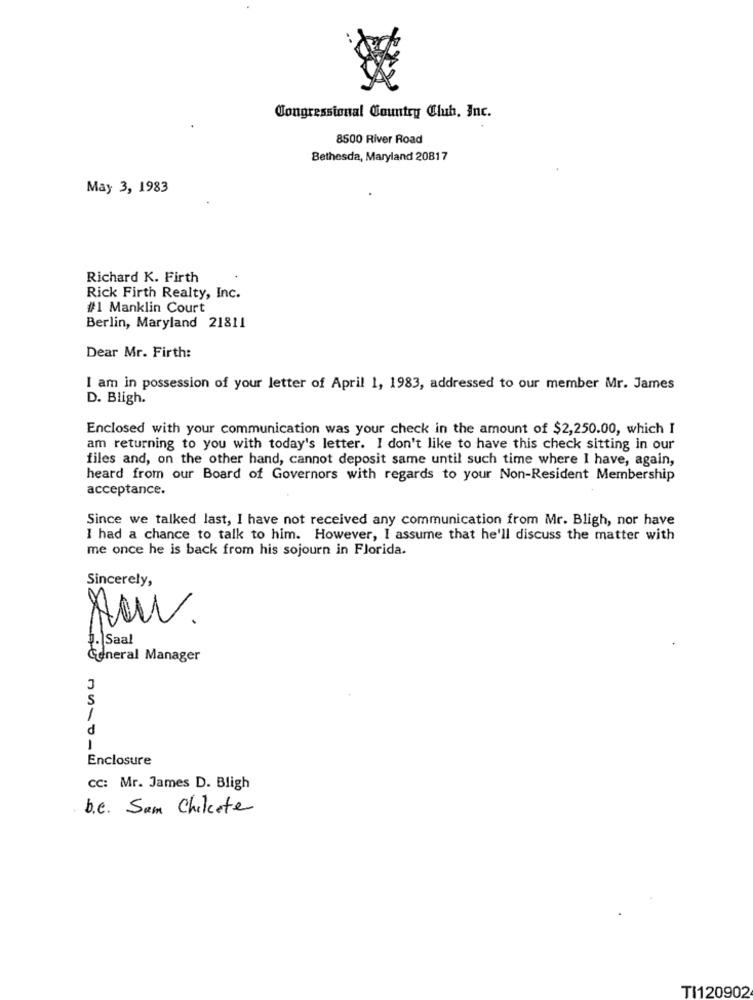
Congressional Country Club, Inc.
8500 River Road
Bethesda, Maryland 20817
May 3, 1983
Richard K. Firth
Rick Firth Realty, Inc.
#1 Manklin Court
Berlin, Maryland 21811
Dear Mr. Firth:
I am in possession of your letter of April 1, 1983, addressed to our member Mr. James
D. Bligh.
Enclosed with your communication was your check in the amount of $2,250.00, which I
am returning to you with today's letter. I don't like to have this check sitting in our
files and, on the other hand, cannot deposit same until such time where I have, again,
heard from our Board of Governors with regards to your Non-Resident Membership
acceptance.
Since we talked last, I have not received any communication from Mr. Bligh, nor have
I had a chance to talk to him. However, I assume that he'll discuss the matter with
me once he is back from his sojourn in Florida.
Sincerely,
Nuv.
3.|Saal
General Manager
3
S
1
d
Enclosure
CC: Mr. James D. Bligh
b.c. Sam Chikete
TI120902